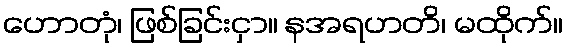
ဟောတုံ၊ ဖြစ်ခြင်းငှာ။ နအရဟတိ၊ မထိုက်။